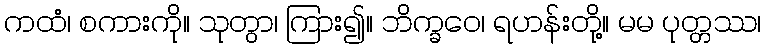
ကထံ၊ စကားကို။ သုတွာ၊ ကြား၍။ ဘိက္ခဝေ၊ ရဟန်းတို့။ မမ ပုတ္တဿ၊